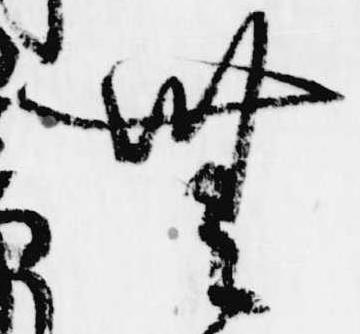
無